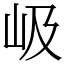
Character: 岋